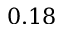
0 . 1 8